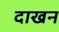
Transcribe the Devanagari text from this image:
दाखन